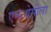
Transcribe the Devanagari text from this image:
एनओसीला